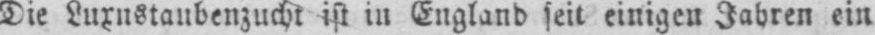
Die Luxustaubenzucht ist in England seit einigen Jahren ein